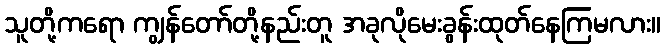
သူတို့ကရော ကျွန်တော်တို့နည်းတူ အခုလိုမေးခွန်းထုတ်နေကြမလား။